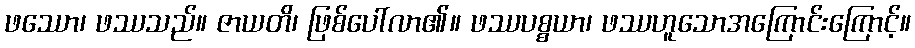
ဖဿော၊ ဖဿသည်။ ဇာယတိ၊ ဖြစ်ပေါ်လာ၏။ ဖဿပစ္စယာ၊ ဖဿဟူသောအကြောင်းကြောင့်။